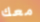
معك